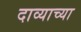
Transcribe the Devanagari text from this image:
दाव्याच्या